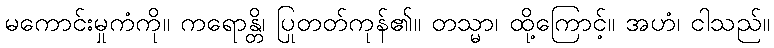
မကောင်းမှုကံကို။ ကရောန္တိ၊ ပြုတတ်ကုန်၏။ တသ္မာ၊ ထို့ကြောင့်။ အဟံ၊ ငါသည်။